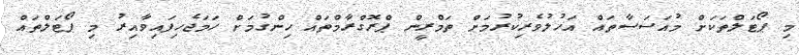
މި ޕޯޓަލްތަކަށް މުއަސަސާތައް އަހުލުވެރިކުރުމަށް ތަމްރީން ޕްރޮގްރާމްތައް ހިންގުމަށް ހަމަޖެހިފައިވާއިރު މި ޕޯޓަލްތައް